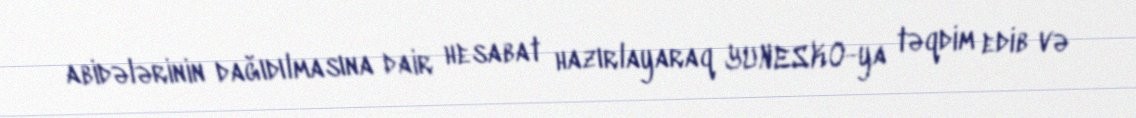
abidələrinin dağıdılmasına dair hesabat hazırlayaraq YUNESKO-ya təqdim edib və